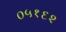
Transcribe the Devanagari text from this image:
०५१६२